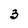
Character: 3